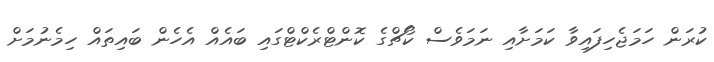
ކުރަން ހަމަޖެހިފައިވާ ކަމަށާއި ނަމަވެސް ކޯޗްގެ ކޮންޓްރެކްޓްގައި ބައެއް އެހެން ބައިތައް ހިމެނުމަށް